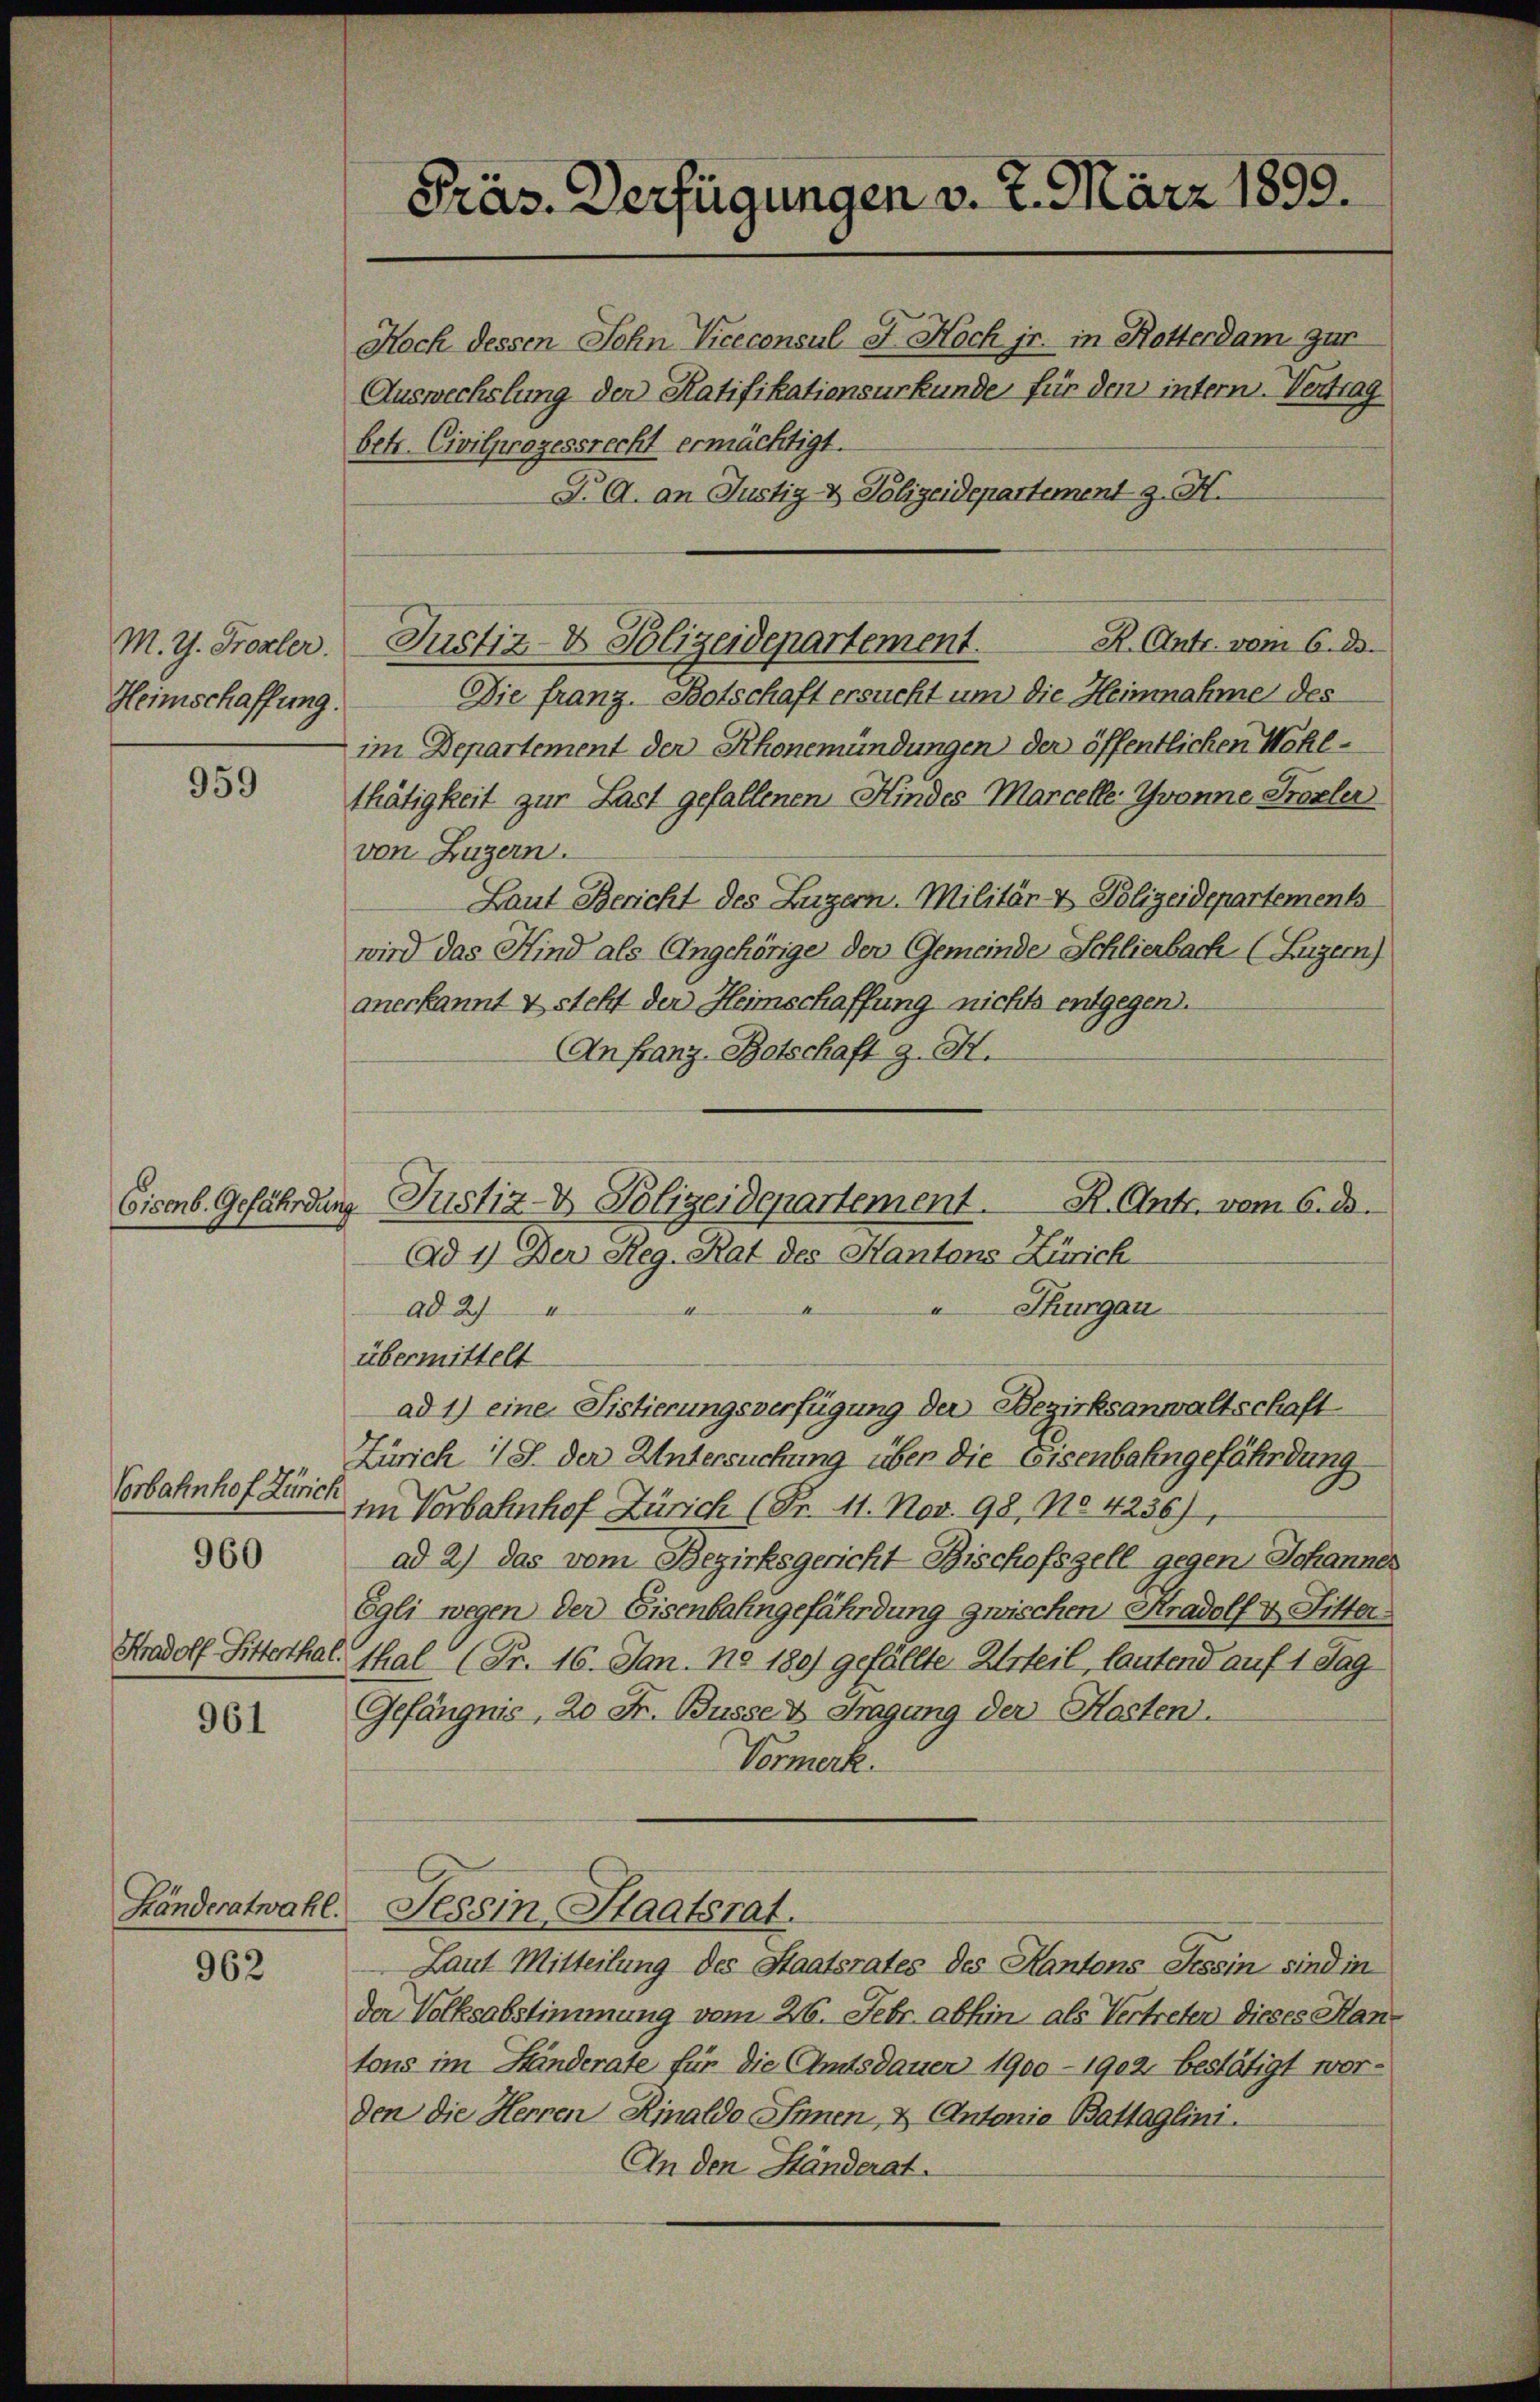
M. G. Frozler.
Heimschaffung.

959

Vorbahnhof Zürich

960

961

Kradolf Sitterthar

Händeratwahl.

962

Präs. Verfügungen v. 7. März 1899.
Noch dessen Sohn Viceconsul St. Noch jr. in Rotterdam zur
Auswechslung der Ratifikationsurkunde für den intern. Vertrag
betr. Civilprozessrecht ermächtigt.
F. A. an Justiz- & Polizeidepartement J. H.

Die franz Botschaft ersucht um die Heinnahme des
im Departement der Rhonemündungen der öffentlichen Wahlthätigkeit zur Last gefallenen Kindes Marcelle Gronne Prozler
von Luzern.
Laut Bericht des Luzern. Militär- & Polizeidepartements
wird das Kind als Angehörige der Gemeinde Schlierbach (Luzern)
anerkannt & steht der Heimschaffung nichts entgegen.
(An Franz-Botschaft z. B.
übermittelt
ad 1) eine Fistierungsverfügung der Bezirksanwaltschaft
Zürich 1 S. der Untersuchung über die Eisenbahngefährdung
im Verbahnhof Zürich (Fr. 11. Nov. 98, No 4256)
ad 2) das vom Bezirksgericht Bischofszell gegen Johanner
Egli wegen der Eisenbahngefährdung zwischen Kradolf v. Litter-
thal (Fr. 16. Jan. No 180) gefällte Urteil, lautend auf 1 Tag¬
Gefängnis, 20 Fr. Busse & Tragung der Kosten.
Vormerk
Tessin Staatsrat.
Laut Mitteilung des Staatsrates des Kantons Tessin sind in
der Volksabstimmung vom 26. Febr. abhin als Vertreter dieses Hantons im Händerate für die Amtsdauer 1900-1902 bestätigt wor-
den die Herren Kinaldo Innen, & Antonia Battaglini.
An den Ständerat.

R. Antr. vom 6. d.
Justiz- & Polizeidepartement.

Eisenb. Gefährdung Justiz- & Polizeidepartement.
R. Antr. vom 6. d.
Ad 1) Der Reg. Rat des Kantons Zürich
 Thurgau
ad 27